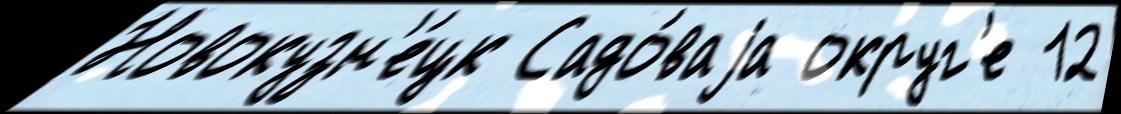
Новокузн'е́цк Садо́ваjа округ'е 12